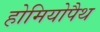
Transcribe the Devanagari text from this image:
होमियोपैथ